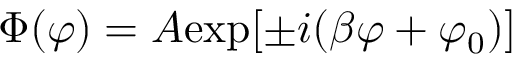
\Phi ( \varphi ) = A \mathrm { e x p } [ \pm i ( \beta \varphi + \varphi _ { 0 } ) ]